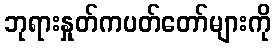
ဘုရားနှုတ်ကပတ်တော်များကို